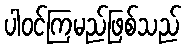
ပါဝင်ကြမည်ဖြစ်သည်